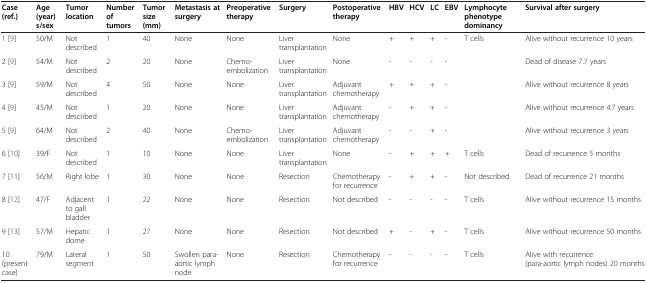
<table><thead><tr><td><b>Case (ref.)</b></td><td><b>Age (year)s/sex</b></td><td><b>Tumor location</b></td><td><b>Number of tumors</b></td><td><b>Tumor size (mm)</b></td><td><b>Metastasis at surgery</b></td><td><b>Preoperative therapy</b></td><td><b>Surgery</b></td><td><b>Postoperative therapy</b></td><td><b>HBV</b></td><td><b>HCV</b></td><td><b>LC</b></td><td><b>EBV</b></td><td><b>Lymphocyte phenotype dominancy</b></td><td><b>Survival after surgery</b></td></tr></thead><tbody><tr><td>1 [9]</td><td>50/M</td><td>Not described</td><td>1</td><td>40</td><td>None</td><td>None</td><td>Liver transplantation</td><td>None</td><td>+</td><td>+</td><td>+</td><td>-</td><td>T cells</td><td>Alive without recurrence 10 years</td></tr><tr><td>2 [9]</td><td>54/M</td><td>Not described</td><td>2</td><td>20</td><td>None</td><td>Chemo-embolization</td><td>Liver transplantation</td><td>None</td><td>-</td><td>-</td><td>-</td><td>-</td><td> </td><td>Dead of disease 7.7 years</td></tr><tr><td>3 [9]</td><td>59/M</td><td>Not described</td><td>4</td><td>50</td><td>None</td><td>None</td><td>Liver transplantation</td><td>Adjuvant chemotherapy</td><td>+</td><td>+</td><td>+</td><td>-</td><td> </td><td>Alive without recurrence 8 years</td></tr><tr><td>4 [9]</td><td>45/M</td><td>Not described</td><td>1</td><td>20</td><td>None</td><td>None</td><td>Liver transplantation</td><td>Adjuvant chemotherapy</td><td>-</td><td>+</td><td>+</td><td>-</td><td> </td><td>Alive without recurrence 4.7 years</td></tr><tr><td>5 [9]</td><td>64/M</td><td>Not described</td><td>2</td><td>40</td><td>None</td><td>Chemo-embolization</td><td>Liver transplantation</td><td>Adjuvant chemotherapy</td><td>-</td><td>-</td><td>+</td><td>-</td><td> </td><td>Alive without recurrence 3 years</td></tr><tr><td>6 [10]</td><td>39/F</td><td>Not described</td><td>1</td><td>10</td><td>None</td><td>None</td><td>Liver transplantation</td><td>None</td><td>-</td><td>+</td><td>+</td><td>+</td><td>T cells</td><td>Dead of recurrence 5 months</td></tr><tr><td>7 [11]</td><td>56/M</td><td>Right lobe</td><td>1</td><td>30</td><td>None</td><td>None</td><td>Resection</td><td>Chemotherapy for recurrence</td><td>-</td><td>+</td><td>+</td><td>-</td><td>Not described</td><td>Dead of recurrence 21 months</td></tr><tr><td>8 [12]</td><td>47/F</td><td>Adjacent to gall bladder</td><td>1</td><td>22</td><td>None</td><td>None</td><td>Resection</td><td>Not described</td><td>-</td><td>-</td><td>-</td><td>-</td><td>T cells</td><td>Alive without recurrence 15 months</td></tr><tr><td>9 [13]</td><td>57/M</td><td>Hepatic dome</td><td>1</td><td>27</td><td>None</td><td>None</td><td>Resection</td><td>Not described</td><td>+</td><td>-</td><td>+</td><td>-</td><td>T cells</td><td>Alive without recurrence 50 months</td></tr><tr><td>10 (present case)</td><td>79/M</td><td>Lateral segment</td><td>1</td><td>50</td><td>Swollen para-aortic lymph node</td><td>None</td><td>Resection</td><td>Chemotherapy for recurrence</td><td>-</td><td>-</td><td>-</td><td>-</td><td>T cells</td><td>Alive with recurrence (para-aortic lymph nodes) 20 months</td></tr></tbody></table>